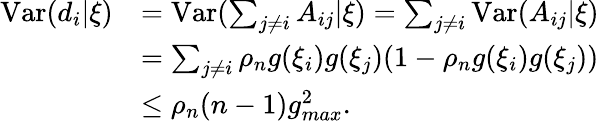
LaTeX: \begin{array}{rl}{\mathrm{Var}(d_{i}|\xi)}&{=\mathrm{Var}(\sum_{j\neq i}A_{ij}|\xi)=\sum_{j\neq i}\mathrm{Var}(A_{ij}|\xi)}\\ &{=\sum_{j\neq i}\rho_{n}g(\xi_{i})g(\xi_{j})(1-\rho_{n}g(\xi_{i})g(\xi_{j}))}\\ &{\leq\rho_{n}(n-1)g_{max}^{2}.}\end{array}